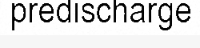
predischarge